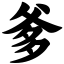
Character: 爹